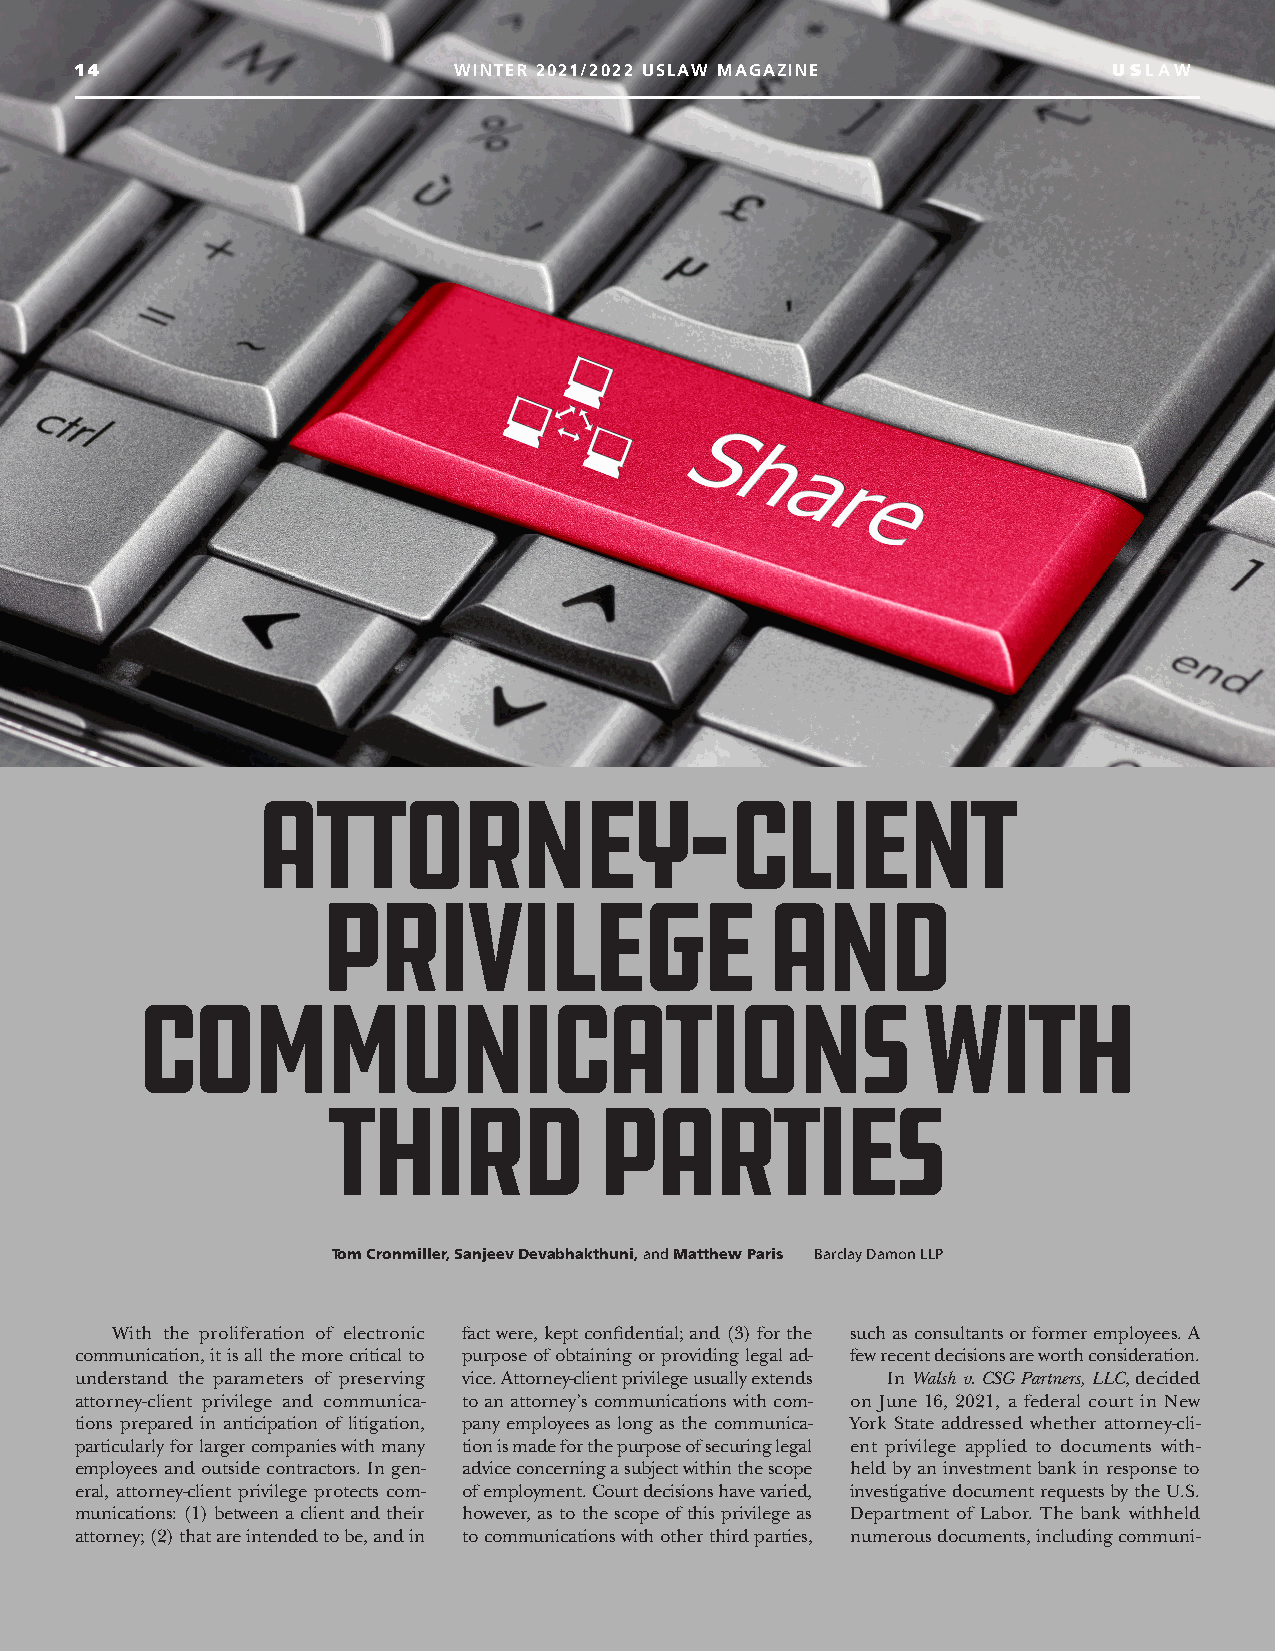
14                       WINTER 2021/2022 USLAW MAGAZINE            US LAW
 Attorney-Client
 Privilege                     and
 Communications                                      With
 Third            Parties
 Tom Cronmiller, Sanjeev Devabhakthuni, and Matthew Paris Barclay Damon LLP
 With the proliferation of electronic fact were, kept confidential; and (3) for the such as consultants or former employees. A
 communication, it is all the more critical to purpose of obtaining or providing legal ad- few recent decisions are worth consideration.
 understand the parameters of preserving vice. Attorney-client privilege usually extends In Walsh v. CSG Partners, LLC, decided
 attorney-client privilege and communica- to an attorney’s communications with com- on June 16, 2021, a federal court in New
 tions prepared in anticipation of litigation, pany employees as long as the communica- York State addressed whether attorney-cli-
 particularly for larger companies with many tion is made for the purpose of securing legal ent privilege applied to documents with-
 employees and outside contractors. In gen- advice concerning a subject within the scope held by an investment bank in response to
 eral, attorney-client privilege protects com- of employment. Court decisions have varied, investigative document requests by the U.S.
 munications: (1) between a client and their however, as to the scope of this privilege as Department of Labor. The bank withheld
 attorney; (2) that are intended to be, and in to communications with other third parties, numerous documents, including communi-